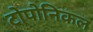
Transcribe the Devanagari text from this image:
टोपोनिकल